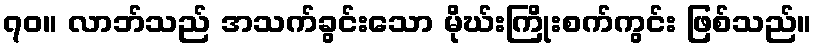
၇၀။ လာဘ်သည် အသက်ခွင်းသော မိုဃ်းကြိုးစက်ကွင်း ဖြစ်သည်။